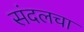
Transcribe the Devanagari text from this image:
संदलचा